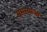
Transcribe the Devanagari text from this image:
समस्याआ